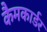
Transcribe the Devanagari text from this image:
कैमकार्डर